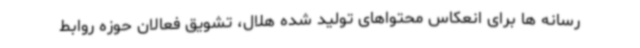
رسانه ها برای انعکاس محتواهای تولید شده هلال، تشویق فعالان حوزه روابط